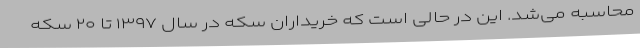
محاسبه می‌شد. این در حالی است که خریداران سکه در سال ۱۳۹۷ تا ۲۰ سکه